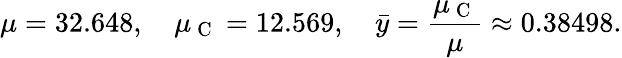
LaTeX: \mu=32.648,\quad\mu_{\mathrm{~C~}}=12.569,\quad\bar{y}=\frac{\mu_{\mathrm{~C~}}}{\mu}\approx 0.38498.